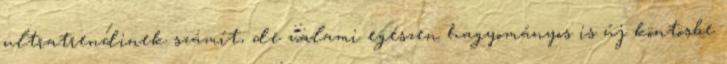
ultratrendinek számít, de valami egészen hagyományos is új köntösbe